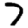
Digit: 7